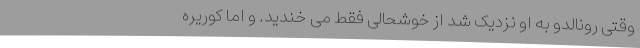
وقتی رونالدو به او نزدیک شد از خوشحالی فقط می خندید. و اما کوریره